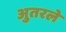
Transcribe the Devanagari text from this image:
अुतरले